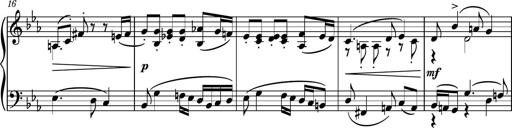
Title: Piano Sonatina No.5
Composer: Dimitri Sykias
Key: C minor